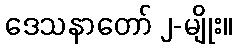
ဒေသနာတော် ၂-မျိုး။